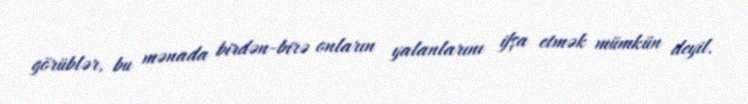
görüblər, bu mənada birdən-birə onların yalanlarını ifşa etmək mümkün deyil.